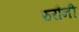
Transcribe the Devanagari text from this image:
रुरौनी